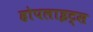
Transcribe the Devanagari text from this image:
होपलाइट्स